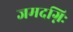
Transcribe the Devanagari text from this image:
जमदग्निः